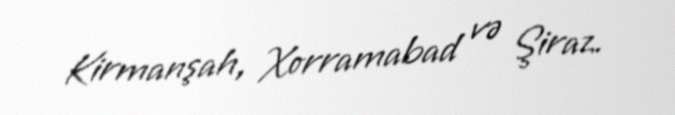
Kirmanşah, Xorramabad və Şiraz.